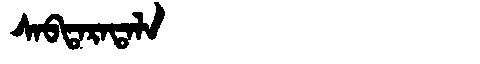
Manchu: ᠰᠠᠪᡨᠠᡵᠠᡨᠠᠯᠠ
Romanization: SABTARATALA